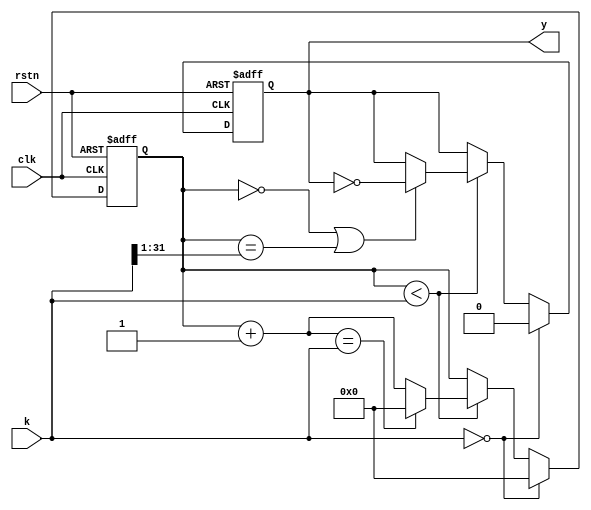
`timescale 1ns / 1ps
// EXP215.36MHz100
// k
module udf_FD(
    input [31:0] k,
    input rstn,
    input clk,
    output reg y
    );
    reg [31:0] counter=32'h0000_0000;
    always @(posedge clk,negedge rstn) begin
        if(~rstn) begin
            counter<=32'h0000_0000;
            y<=0;       // 
        end
        else if(k==0) begin
            counter<=32'h0000_0000;
            y<=0;
        end
        else begin
            if(counter<k) begin
                if(counter==0||counter==k>>1)
                    y<=~y;
                if(counter+1==k)
                    counter<=32'h0000_0000;
                else
                    counter<=counter+1'b1;
            end
        end
    end
endmodule